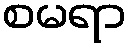
စမရာ